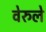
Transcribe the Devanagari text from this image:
वेरुले